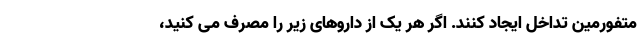
متفورمین تداخل ایجاد کنند. اگر هر یک از داروهای زیر را مصرف می کنید،